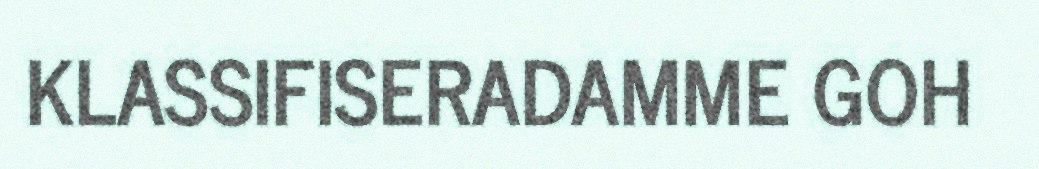
KLASSIFISERADAMME GOH